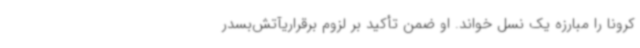
کرونا را مبارزه یک نسل خواند. او ضمن تأکید بر لزوم برقراریآتش‌بسدر